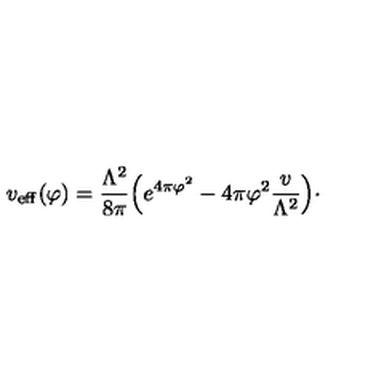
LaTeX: v _ { \mathrm { e f f } } ( \varphi ) = { \frac { \Lambda ^ { 2 } } { 8 \pi } } \Bigl ( e ^ { 4 \pi \varphi ^ { 2 } } - 4 \pi \varphi ^ { 2 } { \frac { v } { \Lambda ^ { 2 } } } \Bigr ) \cdotp